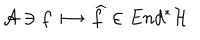
{ \cal A } \ni f \longmapsto \widehat { f } \in E n d ^ { * } { \cal H }